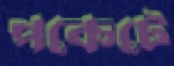
পকেটে